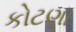
કોટણા